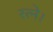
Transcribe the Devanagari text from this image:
रत्ने।